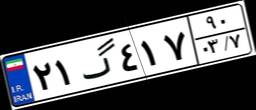
۳۲گ۴۰۴۲۴